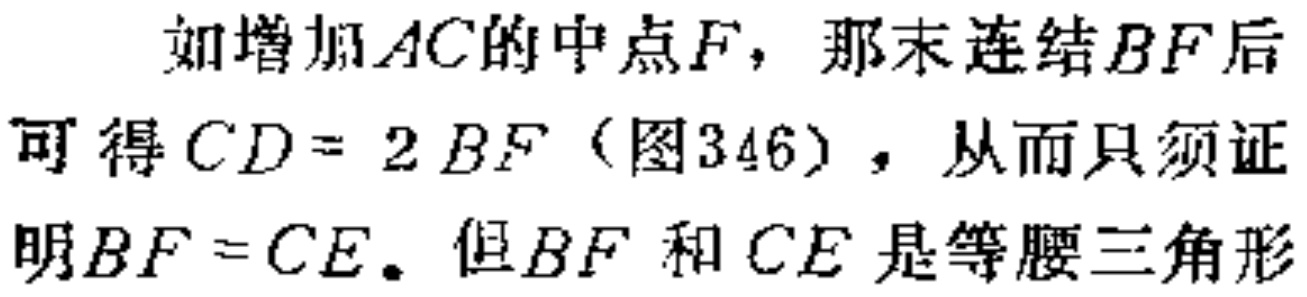
如增加\(AC\)的中点\(F\)，那末连结\(BF\)后可得\(CD = 2BF\)（图346），从而只须证明\(BF = CE\)。但\(BF\)和\(CE\)是等腰三角形